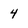
Character: 4